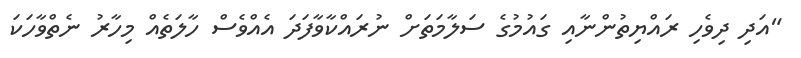
"އަދި ދިވެހި ރައްޔިތުންނާއި ގައުމުގެ ސަލާމަތަށް ނުރައްކާވާފަދަ އެއްވެސް ހާލަތެއް މިހާރު ނެތްވާހަކަ